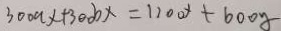
3 0 0 a x + 3 0 0 b x = 1 1 0 0 x + 6 0 0 y